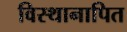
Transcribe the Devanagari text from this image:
विस्थानापित